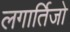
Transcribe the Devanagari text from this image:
लगार्तिजो